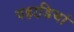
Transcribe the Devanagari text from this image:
पहाडि़यां